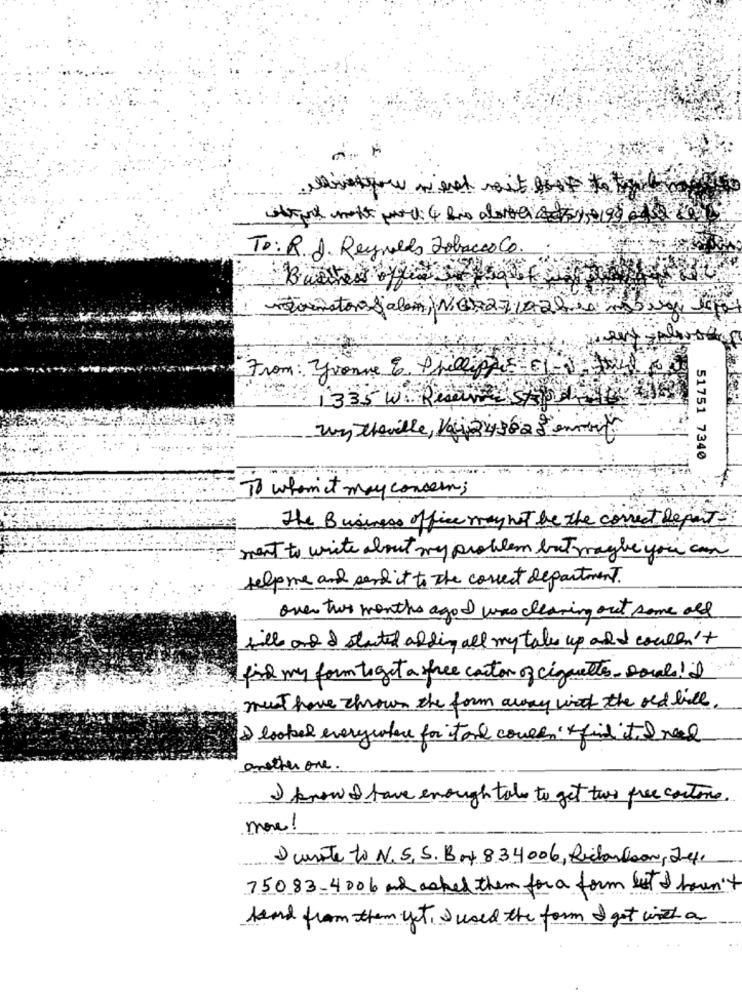
To: R.J. Reynolds Tobacco Co.
Brothers office Jet - talet
motornators Salem, NG7271028 a mug
From : yvonne 6. Philippe - EL-) to 00
1335 WE Reserve SALLE
un theville, Vai243828 emmer
51751 7340
To whom it may concern;
The Business office may not be the correct Report
ment to write about my problem but maybe you can
Help me and send it to the correct department.
over two months agoI was cleaning out some old
till and I stated adding all my takes up add couldn't
find my form toget a free carton of cigarettes- Douala! il
must have thrown the form away work the old like
) looked everywhere for tand corren' find til nad
another one.
I know I have enough take to get two free contone.
more!
D curate to N.S.S. Box 834006, Richardson, Je,
75083-4006 and asked them for a form let & havn't
heard from them yet, I used the form I got with a